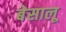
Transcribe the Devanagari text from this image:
बेसालू